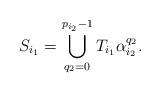
LaTeX: \begin{align*}S_{i_1} = \bigcup_{q_2=0}^{p_{i_2}-1} T_{i_1} \alpha_{i_2}^{q_2}.\end{align*}